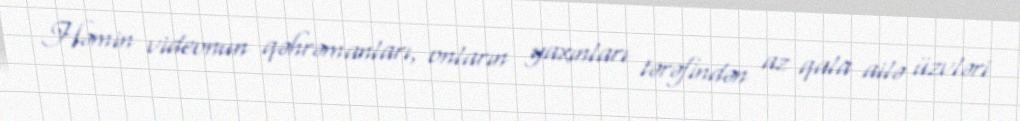
Həmin videonun qəhrəmanları, onların yaxınları tərəfindən az qala ailə üzvləri